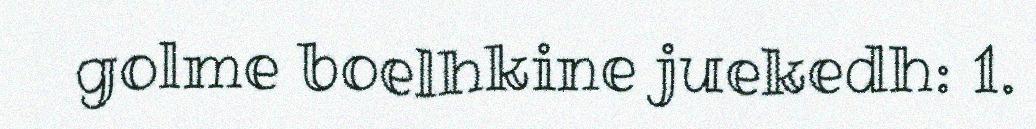
golme boelhkine juekedh: 1.